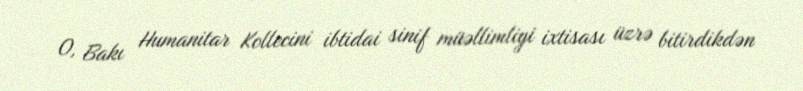
O, Bakı Humanitar Kollecini ibtidai sinif müəllimliyi ixtisası üzrə bitirdikdən